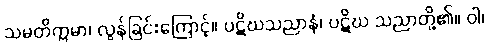
သမတိက္ကမာ၊ လွန်ခြင်းကြောင့်။ ပဋိဃသညာနံ၊ ပဋိဃ သညာတို့၏။ ဝါ၊